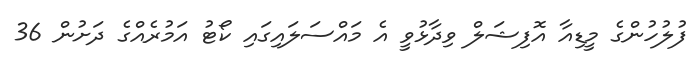
ފުލުހުންގެ މީޑިއާ އޮފިޝަލް ވިދާޅުވީ އެ މައްސަލައިގައި ކޯޓު އަމުރެއްގެ ދަށުން 36